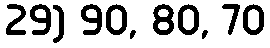
29) 90, 80, 70